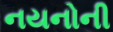
નયનોની